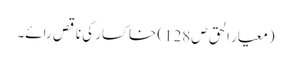
(معیار الحق ص128) خاکسار کی ناقص رائے۔